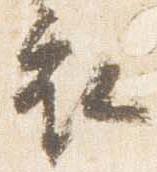
衣